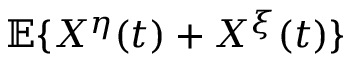
\mathbb { E } \{ X ^ { \eta } ( t ) + X ^ { \xi } ( t ) \}